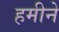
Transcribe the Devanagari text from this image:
हमीने